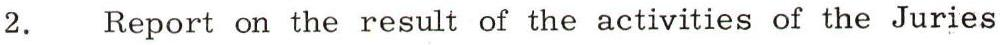
2. Report on the result of the activities of the Juries